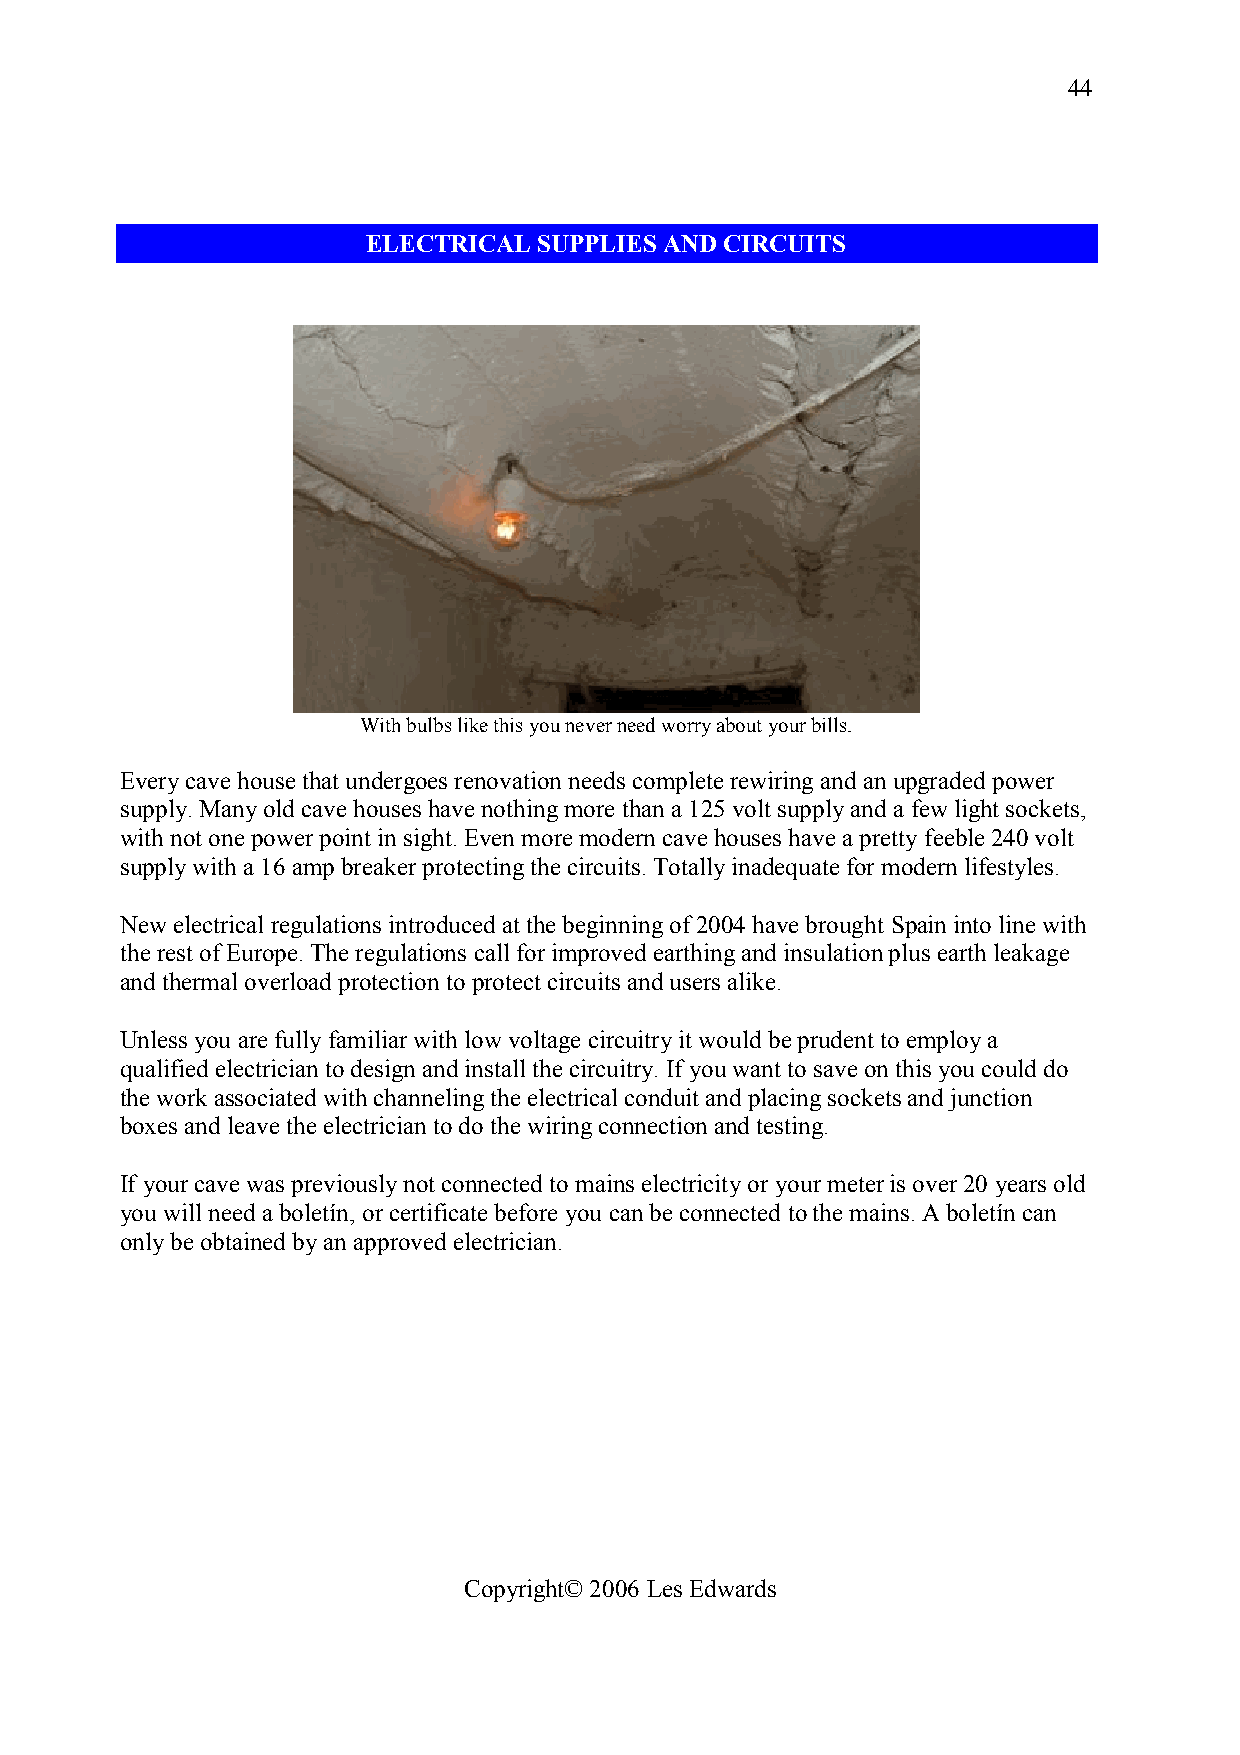
44
 ELECTRICAL  SUPPLIES AND CIRCUITS
 With bulbs like this you never need worry about your bills.
 Every cave house that undergoes renovation needs complete rewiring and an upgraded power
 supply. Many old cave houses have nothing more than a 125 volt supply and a few light sockets,
 with not one power point in sight. Even more modern cave houses have a pretty feeble 240 volt
 supply with a 16 amp breaker protecting the circuits. Totally inadequate for modern lifestyles.
 New electrical regulations introduced at the beginning of 2004 have brought Spain into line with
 the rest of Europe. The regulations call for improved earthing and insulation plus earth leakage
 and thermal overload protection to protect circuits and users alike.
 Unless you are fully familiar with low voltage circuitry it would be prudent to employ a
 qualified electrician to design and install the circuitry. If you want to save on this you could do
 the work associated with channeling the electrical conduit and placing sockets and junction
 boxes and leave the electrician to do the wiring connection and testing.
 If your cave was previously not connected to mains electricity or your meter is over 20 years old
 you will need a boletín, or certificate before you can be connected to the mains. A boletín can
 only be obtained by an approved electrician.
 Copyright© 2006 Les Edwards